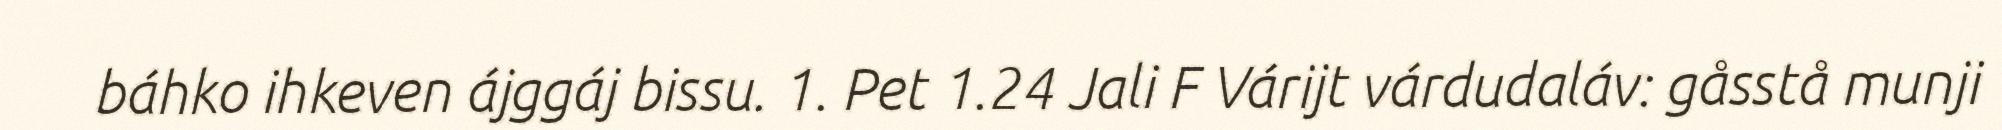
báhko ihkeven ájggáj bissu. 1. Pet 1.24 Jali F Várijt várdudaláv: gåsstå munji